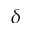
\delta